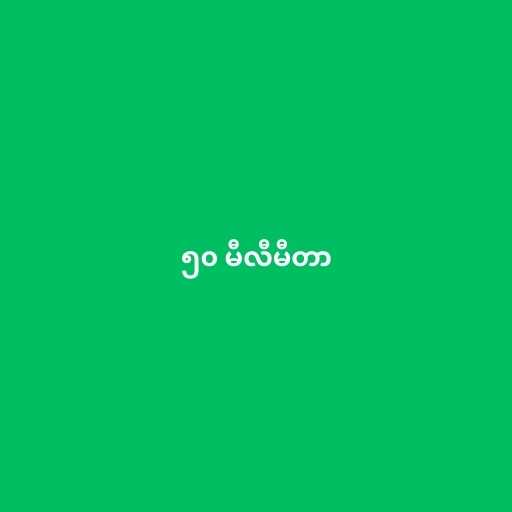
၅၀ မီလီမီတာ